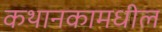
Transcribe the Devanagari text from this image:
कथानकामधील